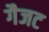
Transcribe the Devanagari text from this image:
गैजट